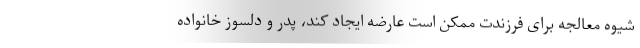
شیوه معالجه برای فرزندت ممکن است عارضه ایجاد کند، پدر و دلسوز خانواده